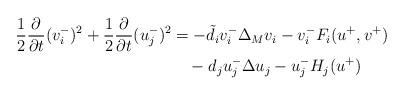
LaTeX: \begin{align*}\frac{1}{2}\frac{\partial}{\partial t}(v_i^{-})^2+\frac{1}{2}\frac{\partial}{\partial t}(u_j^{-})^2 &= -\tilde d_i v_i^{-}\Delta_M v_i -v_i^{-} F_i(u^{+}, v^{+})\\&\quad- d_j u_j^{-}\Delta u_j-u_j^{-} H_j(u^{+})\end{align*}